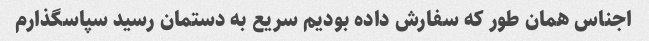
اجناس همان طور که سفارش داده بودیم سریع به دستمان رسید سپاسگذارم